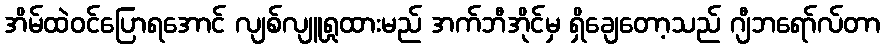
အိမ်ထဲဝင်ပြောရအောင် လျစ်လျူရှုထားမည် အက်ဘီအိုင်မှ ရှိချေတော့သည် ဂျီဘရော်လ်တာ